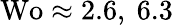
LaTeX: \textrm{Wo}\approx 2.6,\ 6.3